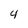
Character: 4